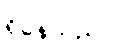
ရှိနေသည်။